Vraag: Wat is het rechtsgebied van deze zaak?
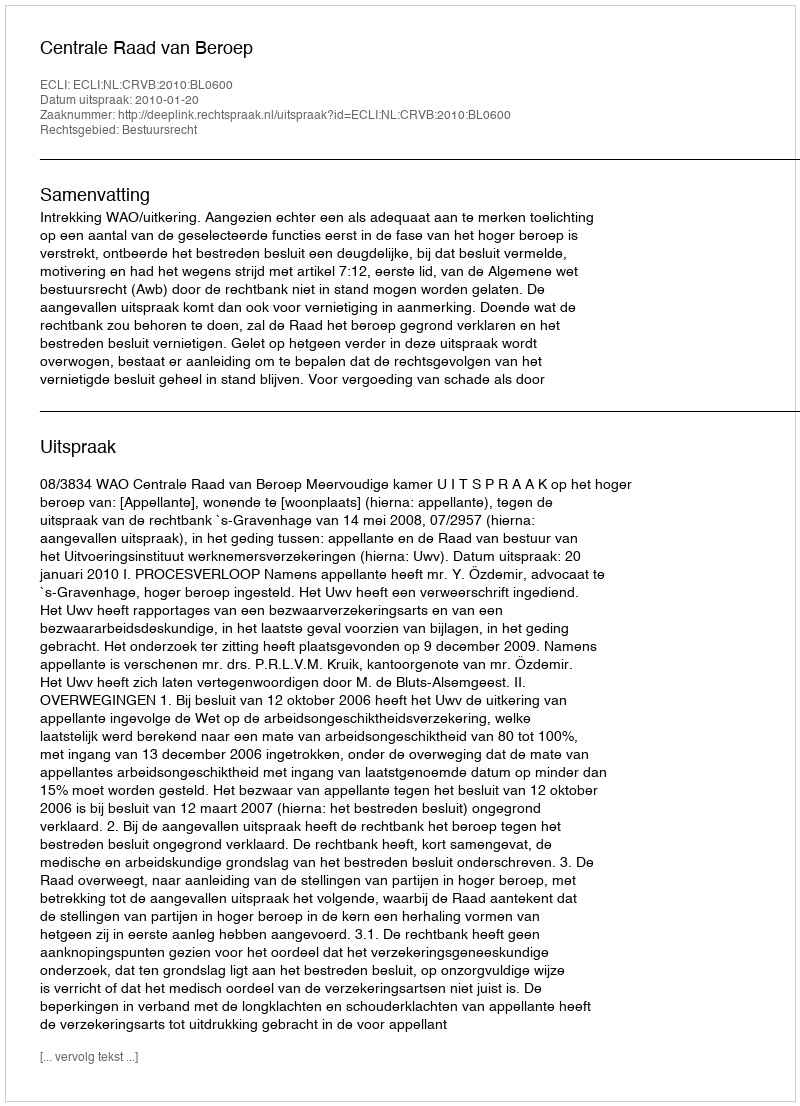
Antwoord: Bestuursrecht